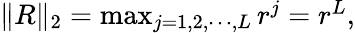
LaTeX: \begin{array}{r}{\| R\| _{2}=\operatorname*{max}_{j=1,2,\cdots,L}r^{j}=r^{L},}\end{array}